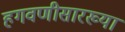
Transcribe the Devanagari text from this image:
हगवणीसारख्या